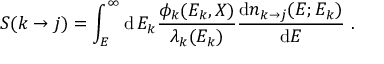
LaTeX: S ( k \rightarrow j ) = \int _ { E } ^ { \infty } \mathrm { d } \, E _ { k } { \frac { \phi _ { k } ( E _ { k } , X ) } { \lambda _ { k } ( E _ { k } ) } } { \frac { \mathrm { d } n _ { k \rightarrow j } ( E ; E _ { k } ) } { \mathrm { d } E } } \ .